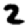
Digit: 2